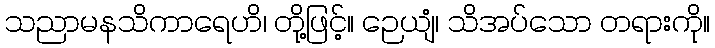
သညာမနသိကာရေဟိ၊ တို့ဖြင့်။ ဉေယျံ၊ သိအပ်သော တရားကို။